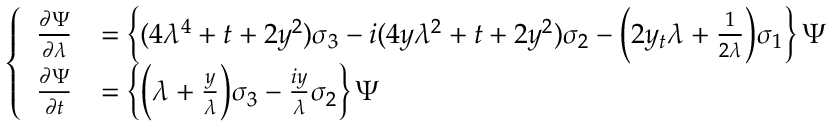
\left\{ \begin{array} { r l } { \frac { \partial \Psi } { \partial \lambda } } & { = \left\{ ( 4 \lambda ^ { 4 } + t + 2 y ^ { 2 } ) \sigma _ { 3 } - i ( 4 y \lambda ^ { 2 } + t + 2 y ^ { 2 } ) \sigma _ { 2 } - \Big ( 2 y _ { t } \lambda + \frac { 1 } { 2 \lambda } \Big ) \sigma _ { 1 } \right\} \Psi } \\ { \frac { \partial \Psi } { \partial t } } & { = \left\{ \Big ( \lambda + \frac { y } { \lambda } \Big ) \sigma _ { 3 } - \frac { i y } { \lambda } \sigma _ { 2 } \right\} \Psi } \end{array} \right.